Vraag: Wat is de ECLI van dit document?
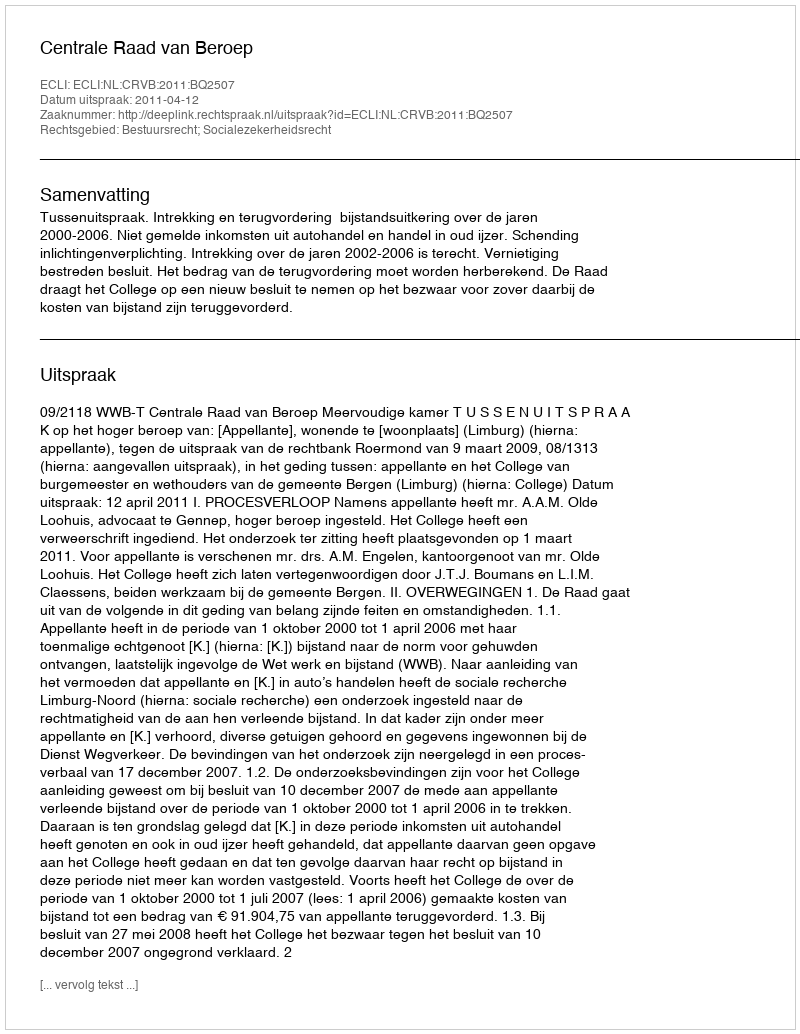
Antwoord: ECLI:NL:CRVB:2011:BQ2507